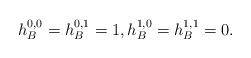
LaTeX: \begin{align*}h_B^{0,0}=h_B^{0,1}=1,h_B^{1,0}=h_B^{1,1}=0.\end{align*}